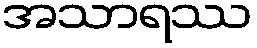
အသာရဿ